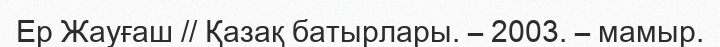
Ер Жауғаш // Қазақ батырлары. – 2003. – мамыр.